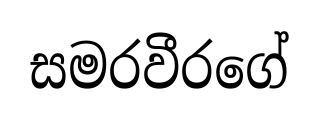
සමරවීරගේ